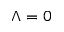
\Lambda = 0